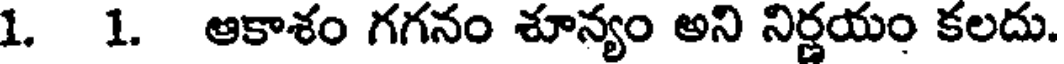
1. 1. ఆకాశం గగనం శూన్యం అని నిర్ణయం కలదు.